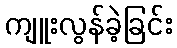
ကျူးလွန်ခဲ့ခြင်း